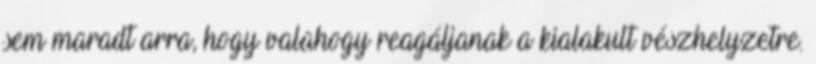
sem maradt arra, hogy valahogy reagáljanak a kialakult vészhelyzetre.